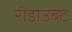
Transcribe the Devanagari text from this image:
रीडाउब्ट